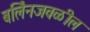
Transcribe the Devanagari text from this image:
बर्लिनजवळील